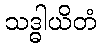
သဒ္ဓါယိတံ